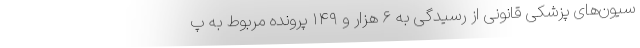
سیون‌های پزشکی قانونی از رسیدگی به ۶ هزار و ۱۴۹ پرونده مربوط به پ